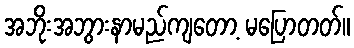
အဘိုးအဘွားနာမည်ကျတော့ မပြောတတ်။